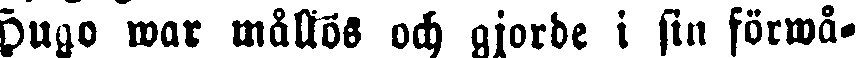
Hugo war mållös och gjorde i sin förwå-